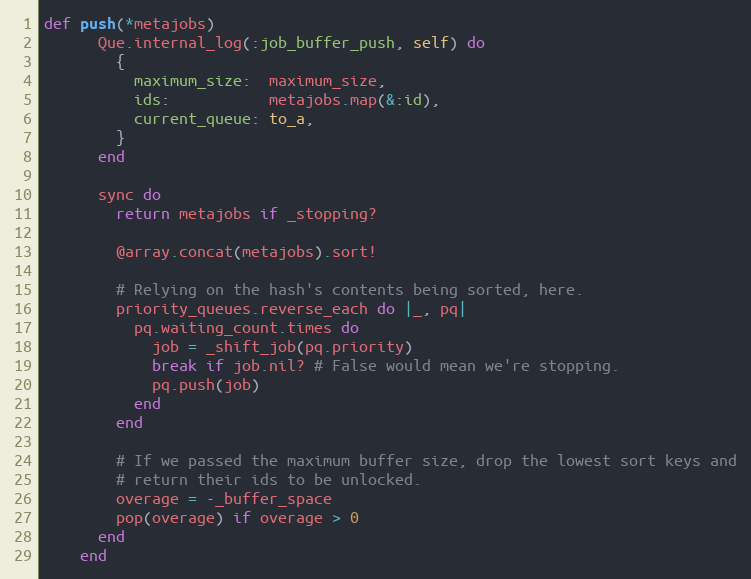
Language: Ruby
def push(*metajobs)
      Que.internal_log(:job_buffer_push, self) do
        {
          maximum_size:  maximum_size,
          ids:           metajobs.map(&:id),
          current_queue: to_a,
        }
      end

      sync do
        return metajobs if _stopping?

        @array.concat(metajobs).sort!

        # Relying on the hash's contents being sorted, here.
        priority_queues.reverse_each do |_, pq|
          pq.waiting_count.times do
            job = _shift_job(pq.priority)
            break if job.nil? # False would mean we're stopping.
            pq.push(job)
          end
        end

        # If we passed the maximum buffer size, drop the lowest sort keys and
        # return their ids to be unlocked.
        overage = -_buffer_space
        pop(overage) if overage > 0
      end
    end